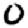
Digit: 0